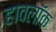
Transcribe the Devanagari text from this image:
हावलॉक